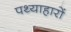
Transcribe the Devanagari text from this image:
पथ्याहारों